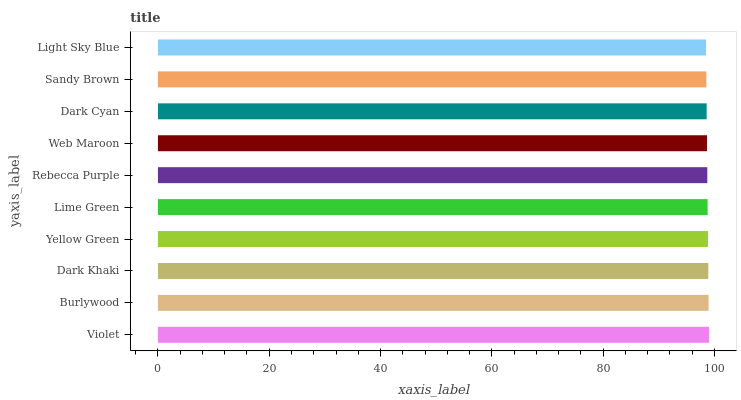
| yaxis_label | bars |
 | --- | --- |
 | Violet | 99 |
 | Burlywood | 98.9 |
 | Dark Khaki | 98.9 |
 | Yellow Green | 98.8 |
 | Lime Green | 98.8 |
 | Rebecca Purple | 98.7 |
 | Web Maroon | 98.6 |
 | Dark Cyan | 98.6 |
 | Sandy Brown | 98.5 |
 | Light Sky Blue | 98.5 |